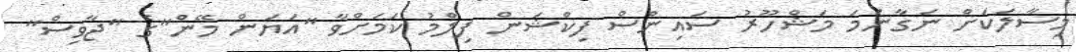
މިސާލަކަށް ނަގާނަމަ މަޝްހޫރު ސައިންސް ފިކްޝަން ފިލްމު ކަމަށްވާ "އަޔަން މޭން"ގެ "ޖާވިސް"